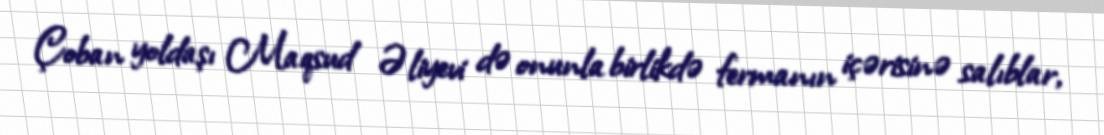
Çoban yoldaşı Maqsud Əliyevi də onunla birlikdə fermanın içərisinə salıblar,